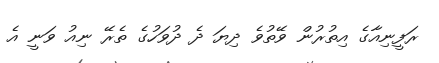
ރަފީނިއާގެ އިތުރުން ވޭތުވެ ދިޔަ ދެ ދުވަހުގެ ތެރޭ ނިއު ވަނީ އެ